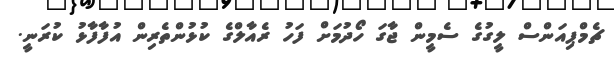
ޗެމްޕިއަންސް ލީގުގެ ސެމީން ޖާގަ ހޯދުމަށް ފަހު ރެއާލްގެ ކުޅުންތެރިން އުފާފާޅު ކުރަނީ.